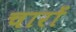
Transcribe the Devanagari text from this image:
चारोंं